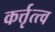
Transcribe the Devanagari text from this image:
कर्त्तृत्त्व